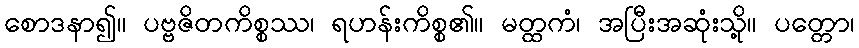
စောဒနာ၍။ ပဗ္ဗဇိတကိစ္စဿ၊ ရဟန်းကိစ္စ၏။ မတ္ထကံ၊ အပြီးအဆုံးသို့။ ပတ္တော၊